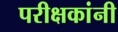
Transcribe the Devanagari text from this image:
परीक्षकांनी